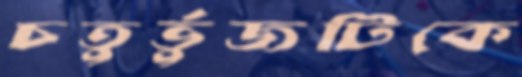
চতুর্ভুজটিকে